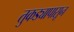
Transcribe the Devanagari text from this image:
तुकड्यापासून